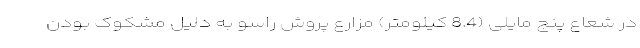
در شعاع پنج مایلی (8.4 کیلومتر) مزارع پروش راسو به دلیل مشکوک بودن